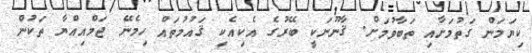
ކިޔަމަން ގަތުމަށާއި ތަބާވުމަށް. ޤާނޫނަކީ ބޭރުގެ އެކިއެކި ޤައުމުތައް ހިމެނޭ ޖަމްއިއްޔާ ތަކުން